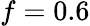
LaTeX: f=0.6